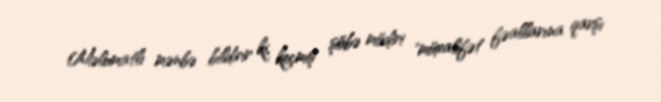
Məlumatlı mənbə bildirir ki, keçmiş şöbə müdiri "müxalifət fəallarına qarşı